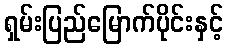
ရှမ်းပြည်မြောက်ပိုင်းနှင့်